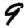
Digit: 9